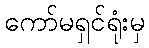
ကော်မရှင်ရုံးမှ